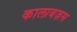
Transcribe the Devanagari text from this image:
कालाबज़स